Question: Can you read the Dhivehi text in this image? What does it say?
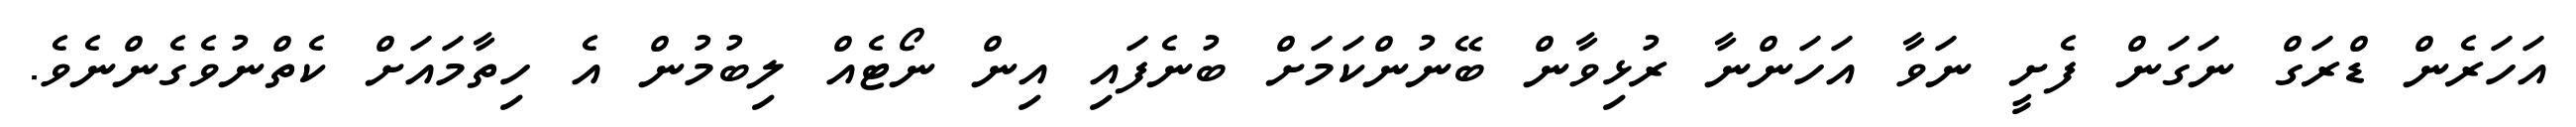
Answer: އަހަރެން ޑްރަގް ނަގަން ފެށީ ނަވާ އަހަންނާ ރުޅިވާން ބޭނުންކަމަށް ބުނެފައި އިން ނޯޓެއް ލިބުމުން އެ ހިތާމައަށް ކެތްނުވެގެންނެވެ.